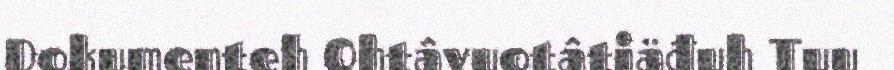
Dokumenteh Ohtâvuotâtiäđuh Tuu